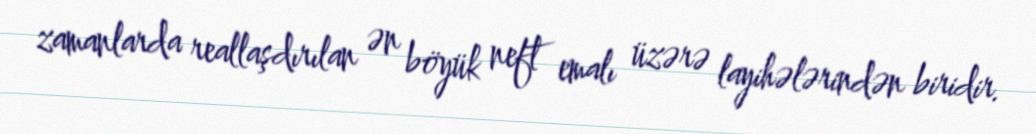
zamanlarda reallaşdırılan ən böyük neft emalı üzərə layihələrindən biridir.